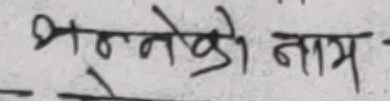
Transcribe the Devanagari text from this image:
धर्नेको नाम -